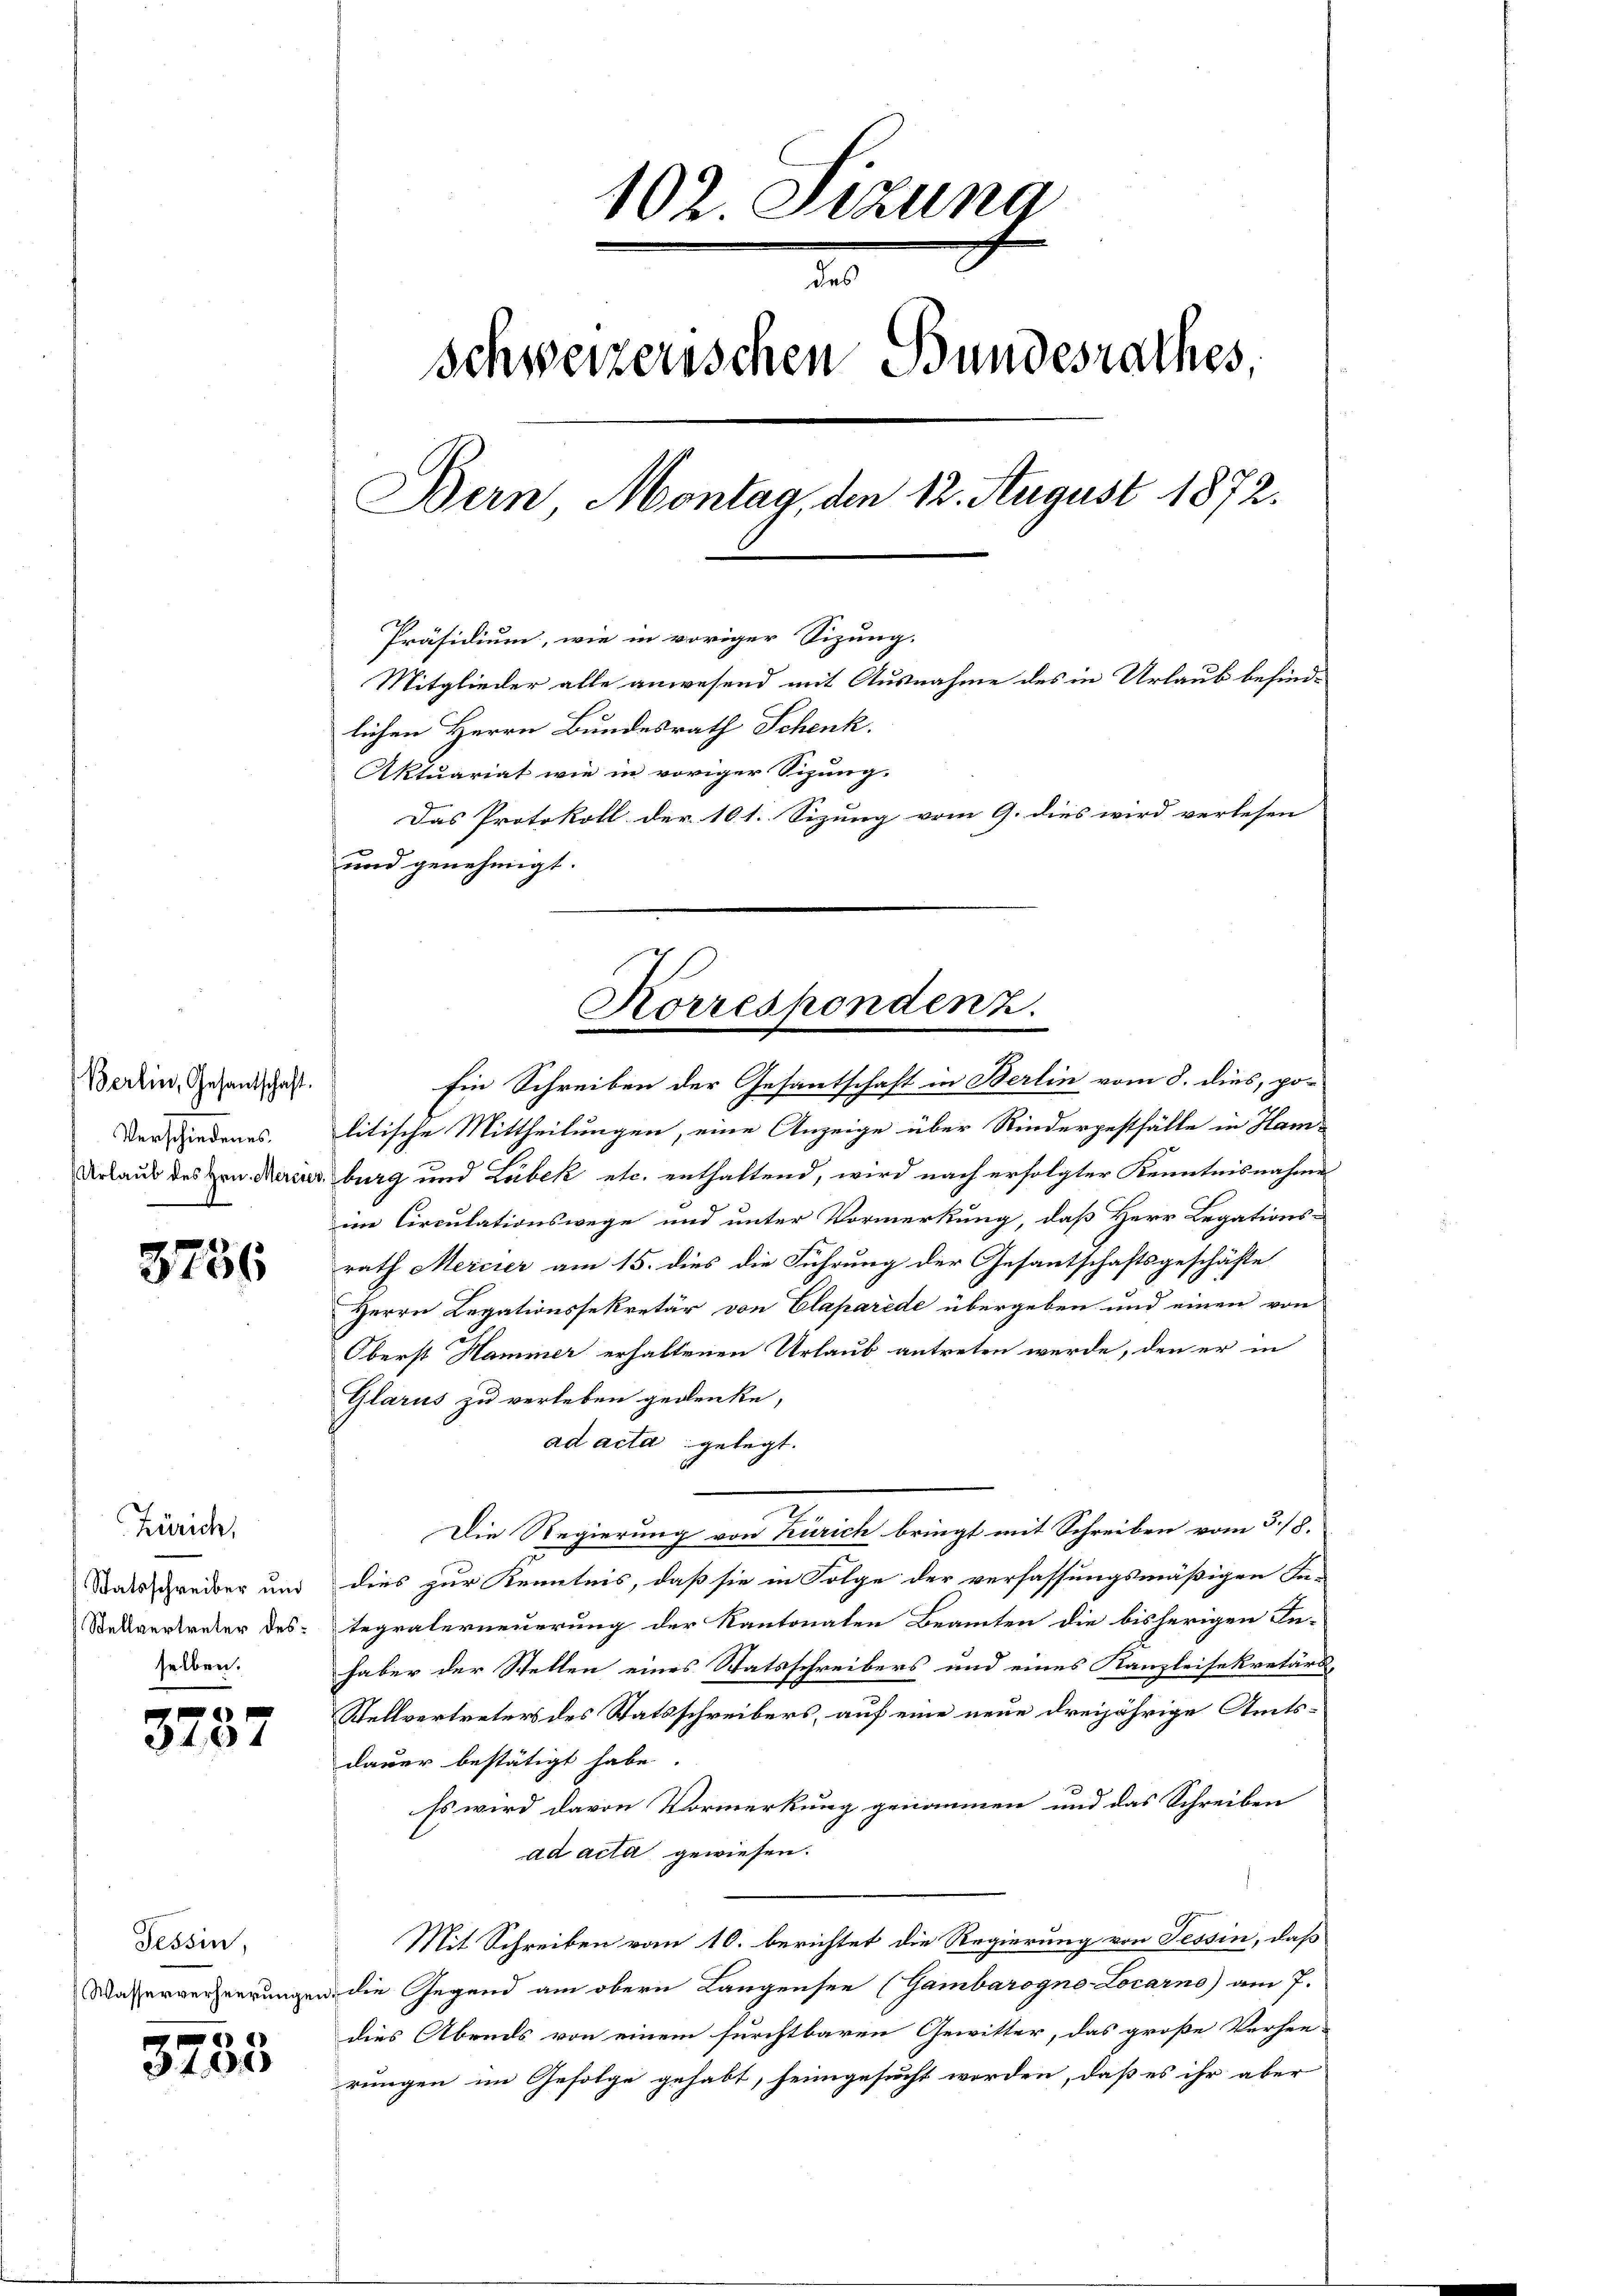
Berlin, Gesantschaft.
Verschiedenes.
Urlaub des Hrn. Mercie

3756

Zürich,
Statsschreiber und
Stellvertreter desselben.

3737

Tessin,
Wasserverheerungen

3735

102. Sitzung
des
Schweizerischen Bundesrathes,
Bern Montag, den 12. August 1872.
O
Präsidium, wie in voriger Sizung.
Mitglieder alle anwesend mit Ausnahme des in Urlaub befindlichen Herrn Bundesrath Schenk.
Aktuariat wie in voriger Sizung.
Das Protokoll der 101. Sizung vom 9. dies wird verlesen

und genehmigt.
Ein Schreiben der Gesantschaft in Berlin vom 8. dies, po-
litische Mittheilungen, eine Anzeige über Rinderpesthälte in Hamburg und Lubek etc. enthaltend, wird nach erfolgter Kenntnisnahme
ii Circulationswege und unter Vormerkung, daß Herr Legations-
rath Mercier am 15. dies die Führung der Gesantschaftsgeschäfte
Herrn Legationssekretär von Claparede übergeben und einen von
Oberst Hammer erhaltenen Urlaub antreten werde, den er in
Glarus zu verleben gedenke,
ad acta gelegt.
Die Regierung von Zürich bringt mit Schreiben vom 3./8.
dies zur Kenntnis, daß sie in Folge der verfassungsmäßigen Fa-
tegralerneuerung der Kantonalen Beamten die bisherigen In-
haber der Stellen eines Statsschreibers und eines Kanzleisekretärs,
Stellvertreters des Statsschreibers, auf eine neue dreijährige Amtsdauer bestätigt habe.
Es wird davon Vormerkung genommen und das Schreiben
ad acta gewiesen.
Mit Schreiben vom 10. berichtet die Regierung von Tessin, daß
 die Gegend am obern Langensee (Gambarogno-Locarno) am 7.
dies Abends von einem fürchtbaren Gewitter, das große Verhee-
rungen im Gefolge gehabt, seingesucht worden, daß es ihr aber

Korrespondenz.